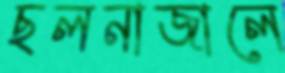
ছলনাজালে